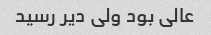
عالی بود ولی دیر رسید